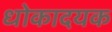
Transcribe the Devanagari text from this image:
धोकादयक